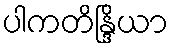
ပါကတိန္ဒြိယာ